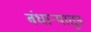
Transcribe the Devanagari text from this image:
बंधाऱ्यातून